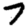
Digit: 7